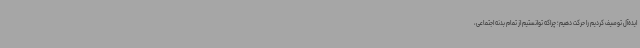
ایده‌آل توصیف کردیم را حرکت دهیم؛ چراکه توانستیم از تمام بدنه اجتماعی،